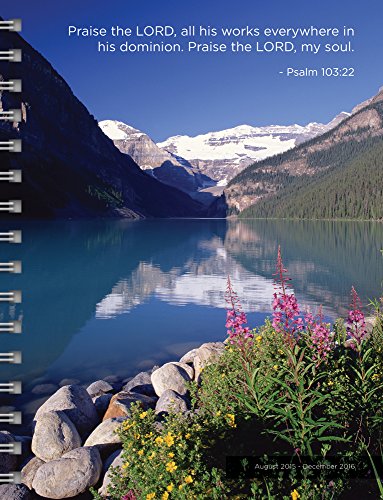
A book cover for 2016 Psalms 17 Month Spiral Planner; TF Publishing; Calendars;